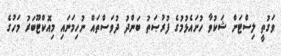
ވަގުތީ ލިސްޓަށް ޝަކުވާ ހުށައެޅުމުގެ ފުރުޞަތު ބަންދު ދުވަސްތައް ނުހިމަނައި މިއޮކްޓޫބަރު މަހުގެ